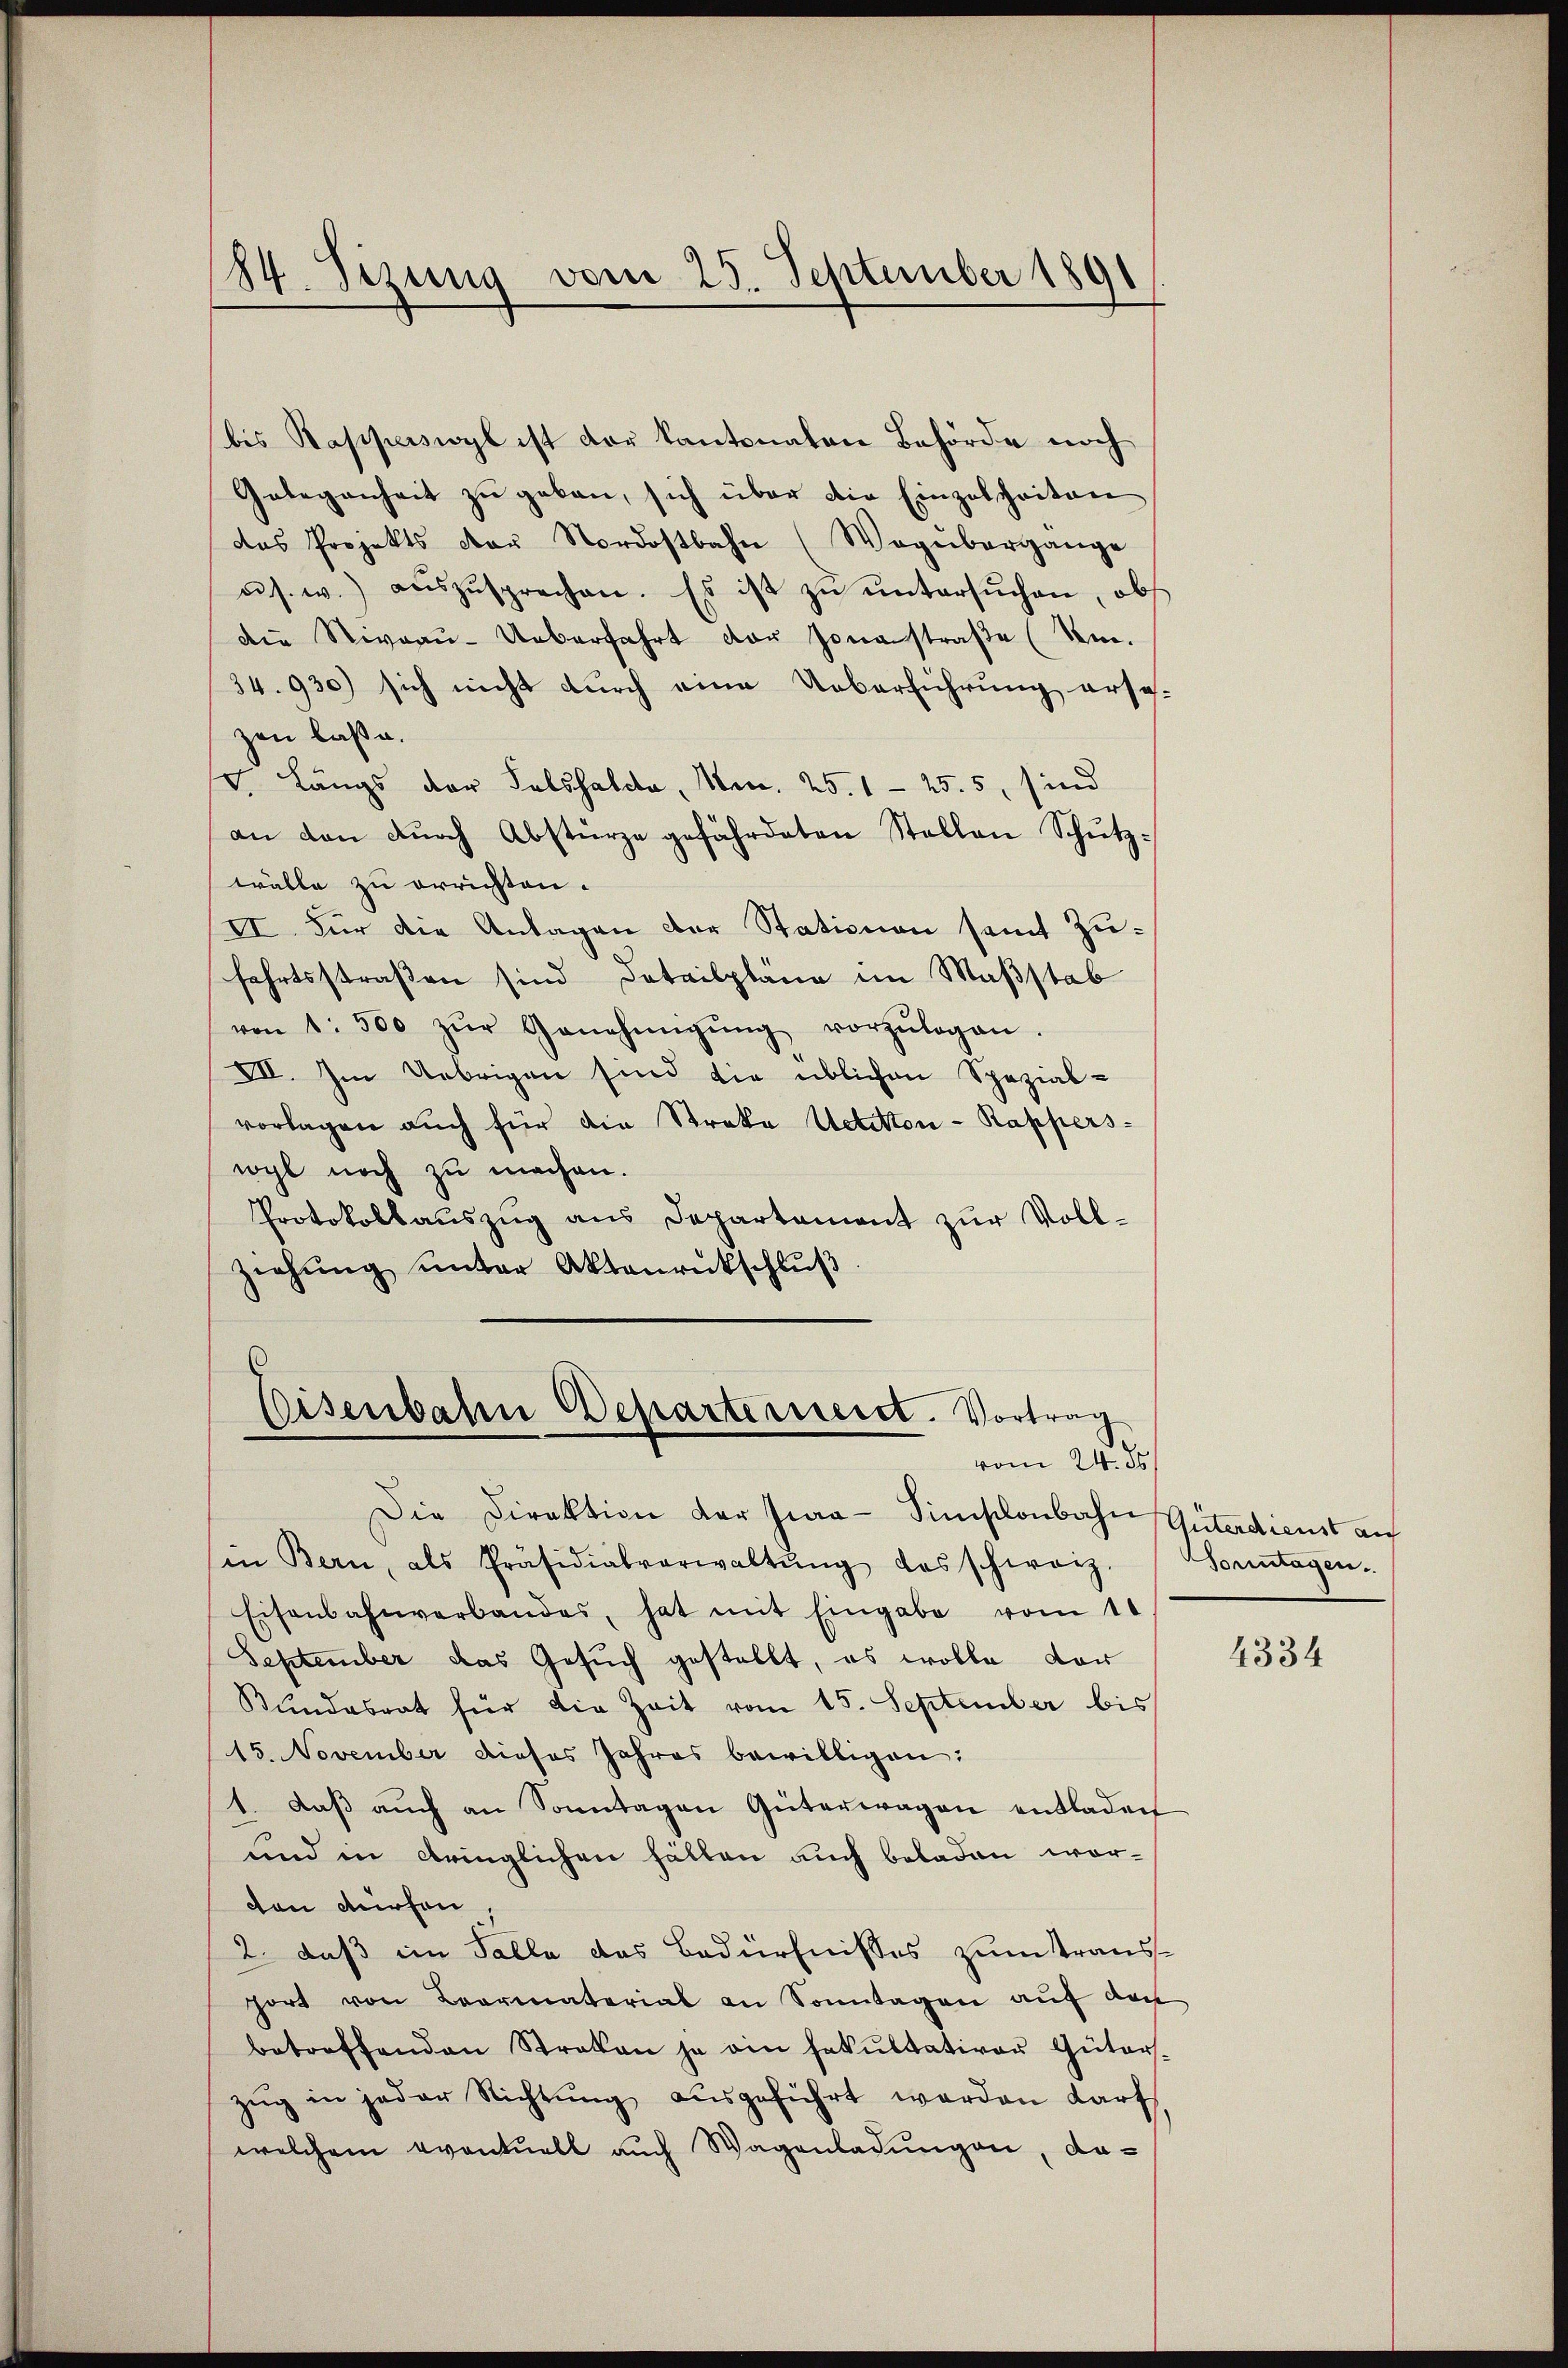
84. Sezung vom 25. September 1891

bis Rapperswyl ist der kantonaten Behörde noch
Gelegenheit zŭ geben, sich über die Einzelheiten
das Projekts der Nordostbahn (Wagübergange
us. w.) aŭszŭsprechen. Es ist zŭ ŭntersŭchen, obs
die Niveau-Ueberfahrt der Jonastraße (Nr.
34.930) sich nicht durch eine Ueberführung ersezen laße.
V. Längs der Falssalia, Nr. 25. 125. 5, sind
an den dŭrch Abstürze gefährdeten Stellen Schütz-
wälle zu errichten.
II. Für die Anlagen der Stationen samt Zufahrtsstraßen sind datailpläne im Maßstab
von 1. 500 zŭr Genehmigŭng vorzŭlegen.
VII. Im Uebrigen sind die üblichen Spezial-
vorlagen auch für die Streke Uetitton-Rapperswyl noch zu machen.
Protokollauszug aus Departement zur Voll¬
Ziehŭng ŭnter Aktenrückschlŭβ

Eisenbahn Departerreist. Vortrag
vom 24. 85.

Die Direktion der Jura - Simplonbahn Güterdienst auf
(in Bern, als Präsidialverwaltŭng das schweiz. Sonntagen.
Eisenbahnverbandes, hat mit Eingabe vom 10
September das Gesuch gestellt, es wolle dor
Bundesrat für die Zeit vom 15. September bis
15. November dieses Jahres bewilligen:
1. daβ aŭch an Sonntagen Güterwagen entladen
und in bringlichen Fällen auch beladen wordon dürfen,
2. daß im Falle das Bedürfnisses zum Trausport von Baarmaterial an Sonntagen aŭf den
betreffenden Straten ja ein Fakultativer Güter-
zŭg in jeder Nichtŭng ausgeführt werden darf
welchem eventuell auch Wagenladungen, da¬

4334